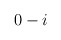
\begin{align*}0 & -i \\ \end{align*}